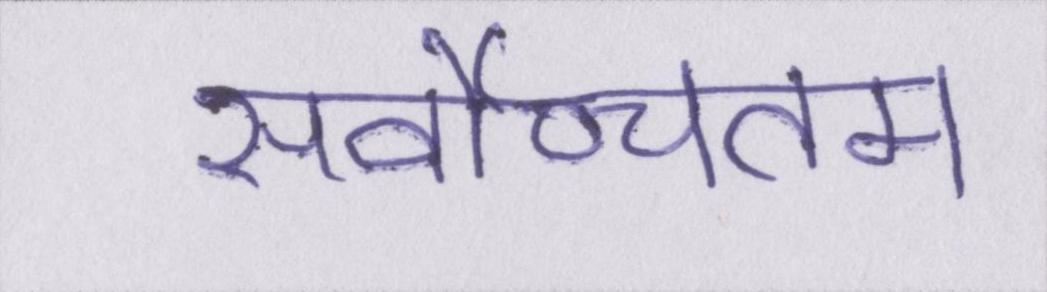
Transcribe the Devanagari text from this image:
सर्वोच्चतम